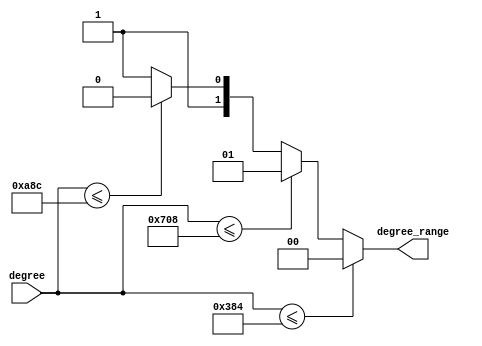
module degree_range(degree, degree_range);
input [11:0] degree;
output [1:0] degree_range;

assign degree_range = (degree<=900)?(2'd0):(degree<=1800)?(2'd1):(degree<=2700)?(2'd2):(2'd3);

endmodule